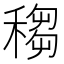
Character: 䅳